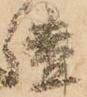
謐